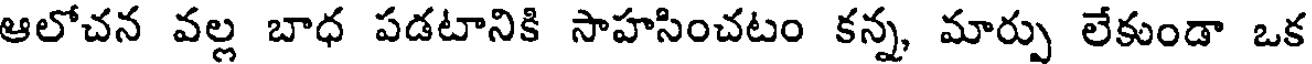
ఆలోచన వల్ల బాధ పడటానికి సాహసించటం కన్న, మార్పు లేకుండా ఒక